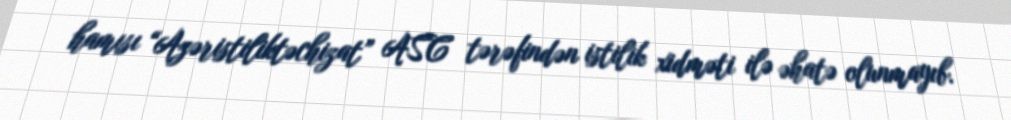
hamısı “Azəristiliktəchizat” ASC tərəfindən istilik xidməti ilə əhatə olunmayıb.